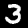
Label: 3